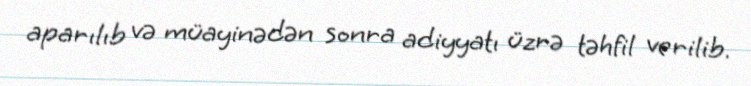
aparılıb və müayinədən sonra adiyyatı üzrə təhfil verilib.